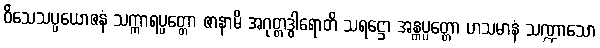
ဝိသေသပ္ပယောဇနံ သက္ကာရပ္ပတ္တော ဇာနာမိ အဂုတ္တဒွါရောတိ သရဋ္ဌော အန္တပ္ပတ္တော ဟသမာနံ သဏ္ဍာသော